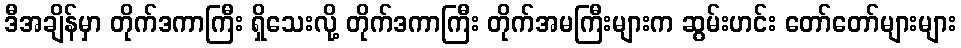
ဒီအချိန်မှာ တိုက်ဒကာကြီး ရှိသေးလို့ တိုက်ဒကာကြီး တိုက်အမကြီးများက ဆွမ်းဟင်း တော်တော်များများ